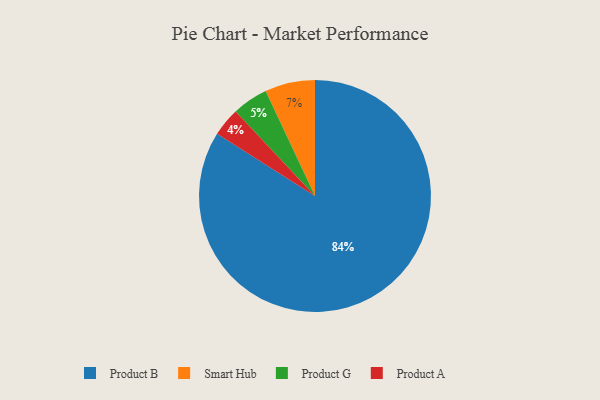
{"axis": {"x": "Category", "y": "Percentage"}, "legend": ["Product A", "Product B", "Product G", "Smart Hub"], "data": [{"x": "Product A", "y": 4, "type": "Product A"}, {"x": "Smart Hub", "y": 7, "type": "Smart Hub"}, {"x": "Product B", "y": 84, "type": "Product B"}, {"x": "Product G", "y": 5, "type": "Product G"}]}